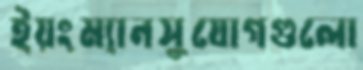
ইয়ংম্যানসুযোগগুলো